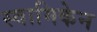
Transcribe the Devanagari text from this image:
स्वामिकेन